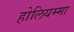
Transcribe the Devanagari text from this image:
होलियम्मा